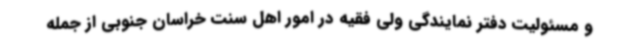
و مسئولیت دفتر نمایندگی ولی فقیه در امور اهل سنت خراسان جنوبی از جمله